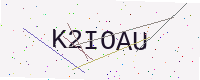
Text: K2IOAU